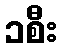
၁စီး